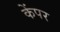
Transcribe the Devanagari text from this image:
केंपर